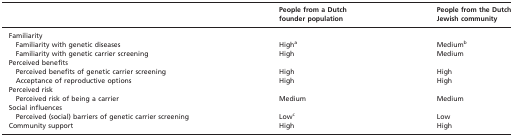
|  | People from a Dutch founder population | People from the Dutch Jewish community |
 | --- | --- | --- |
 | <COLSPAN=3> Familiarity |
 | Familiarity with genetic diseases | Higha | Mediumb |
 | Familiarity with genetic carrier screening | High | Medium |
 | <COLSPAN=3> Perceived benefits |
 | Perceived benefits of genetic carrier screening | High | High |
 | Acceptance of reproductive options | High | High |
 | <COLSPAN=3> Perceived risk |
 | Perceived risk of being a carrier | Medium | Medium |
 | <COLSPAN=3> Social influences |
 | Perceived (social) barriers of genetic carrier screening | Lowc | Low |
 | Community support | High | High |